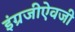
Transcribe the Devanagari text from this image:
इंग्रजीऐवजी